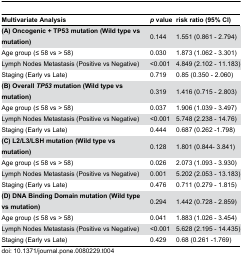
<table><thead><tr><td><b>Multivariate Analysis</b></td><td><b><i>p</i> value</b></td><td><b>risk ratio (95% CI)</b></td></tr></thead><tbody><tr><td><b>(A) Oncogenic + TP53 mutation (Wild type vs mutation)</b></td><td>0.144</td><td>1.551 (0.861 - 2.794)</td></tr><tr><td>Age group (≤ 58 vs &gt; 58)</td><td>0.030</td><td>1.873 (1.062 - 3.301)</td></tr><tr><td>Lymph Nodes Metastasis (Positive vs Negative)</td><td>&lt;0.001</td><td>4.849 (2.102 - 11.183)</td></tr><tr><td>Staging (Early vs Late)</td><td>0.719</td><td>0.85 (0.350 - 2.060)</td></tr><tr><td><b>(B) Overall <i>TP53</i> mutation (Wild type vs mutation)</b></td><td>0.319</td><td>1.416 (0.715 - 2.803)</td></tr><tr><td>Age group (≤ 58 vs &gt; 58)</td><td>0.037</td><td>1.906 (1.039 - 3.497)</td></tr><tr><td>Lymph Nodes Metastasis (Positive vs Negative)</td><td>&lt;0.001</td><td>5.748 (2.238 - 14.76)</td></tr><tr><td>Staging (Early vs Late)</td><td>0.444</td><td>0.687 (0.262 -1.798)</td></tr><tr><td><b>(C) L2/L3/LSH mutation (Wild type vs mutation)</b></td><td>0.128</td><td>1.801 (0.844- 3.841)</td></tr><tr><td>Age group (≤ 58 vs &gt; 58)</td><td>0.026</td><td>2.073 (1.093 - 3.930)</td></tr><tr><td>Lymph Nodes Metastasis (Positive vs Negative)</td><td>0.001</td><td>5.202 (2.053 - 13.183)</td></tr><tr><td>Staging (Early vs Late)</td><td>0.476</td><td>0.711 (0.279 - 1.815)</td></tr><tr><td><b>(D) DNA Binding Domain mutation (Wild type vs mutation)</b></td><td>0.294</td><td>1.442 (0.728 - 2.859)</td></tr><tr><td>Age group (≤ 58 vs &gt; 58)</td><td>0.041</td><td>1.883 (1.026 - 3.454)</td></tr><tr><td>Lymph Nodes Metastasis (Positive vs Negative)</td><td>&lt;0.001</td><td>5.628 (2.195 - 14.435)</td></tr><tr><td>Staging (Early vs Late)</td><td>0.429</td><td>0.68 (0.261 -1.769)</td></tr></tbody></table>